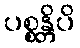
ပစ္စန္တိပိ